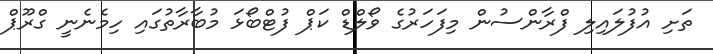
ތަށި އުފުލައިލި ފްރާންސުން މިފަހަރުގެ ވޯލްޑް ކަޕް ފުޓްބޯޅަ މުބާރާތުގައި ހިމެނެނީ ގްރޫޕް